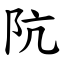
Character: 阬